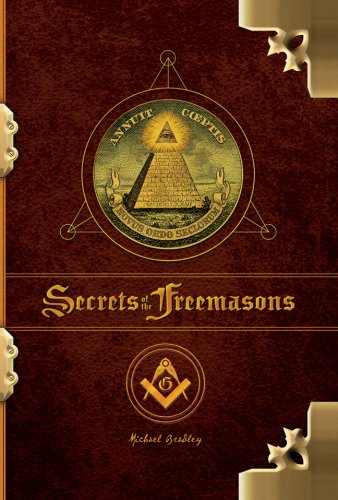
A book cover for The Secrets of the Freemasons; Michael Bradley; Religion & Spirituality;